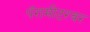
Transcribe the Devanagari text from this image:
पॅरामीटरवर